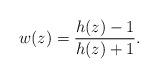
LaTeX: \begin{align*}w(z)=\frac{h(z)-1}{h(z)+1}.\end{align*}